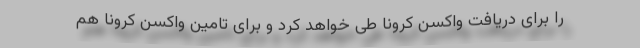
را برای دریافت واکسن کرونا طی خواهد کرد و برای تامین واکسن کرونا هم